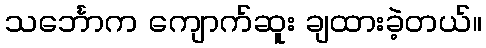
သင်္ဘောက ကျောက်ဆူး ချထားခဲ့တယ်။